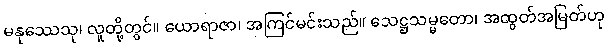
မနုဿေသု၊ လူတို့တွင်။ ယောရာဇာ၊ အကြင်မင်းသည်။ သေဋ္ဌသမ္မတော၊ အထွတ်အမြတ်ဟု